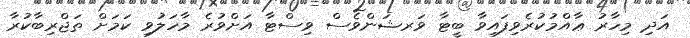
އަދި މިހާރު ޢާއްމުކުރެވިފައިވާ ބީޓާ ވަރޝަންވެސް ވިސްޓާ އަށްވުރެ މާހަލުވި ކަމަށް ތަޖްރިބާކުރާ